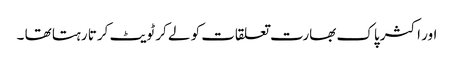
اور اکثر پاک بھارت تعلقات کو لے کر ٹویٹ کرتا رہتا تھا ۔